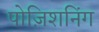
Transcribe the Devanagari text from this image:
पोज़िशनिंग